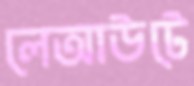
লেআউটে